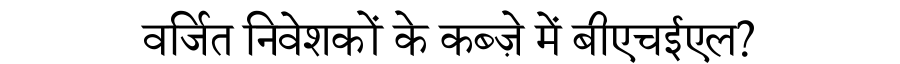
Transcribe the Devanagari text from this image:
वर्जित निवेशकों के कब्ज़े में बीएचईएल?